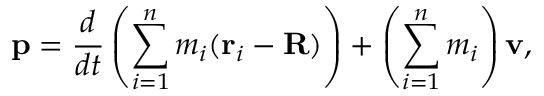
\mathbf { p } = { \frac { d } { d t } } \left( \sum _ { i = 1 } ^ { n } m _ { i } ( \mathbf { r } _ { i } - \mathbf { R } ) \right) + \left( \sum _ { i = 1 } ^ { n } m _ { i } \right) \mathbf { v } ,